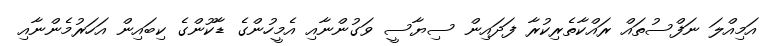
އަމިއްލަ ނަފްސުތައް ރައްކާތެރިކުރާ ފަދައިން ސިޔާސީ ވަގުންނާއި އެމީހުންގެ ޑާކޫންގެ ކިބައިން އަހަރުމެންނާއި